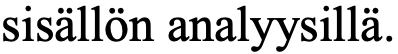
sisällön analyysillä.